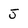
Character: J